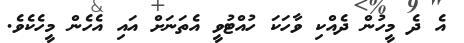
އެ ދެ މީހުން ދެއްކި ވާހަކަ ހުއްޓުވީ އެތަނަށް އައި އެހެން މީހެކެވެ.